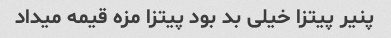
پنیر پیتزا خیلی بد بود پیتزا مزه قیمه میداد